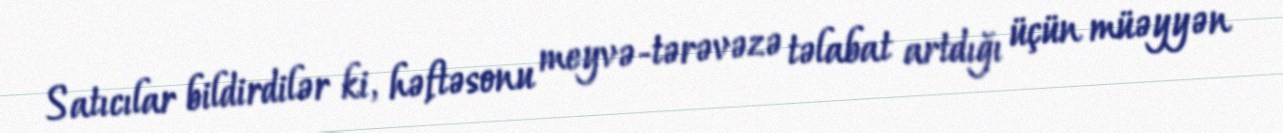
Satıcılar bildirdilər ki, həftəsonu meyvə-tərəvəzə təlabat artdığı üçün müəyyən